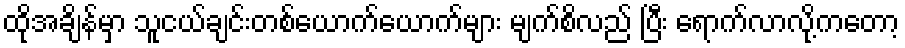
ထိုအချိန်မှာ သူငယ်ချင်းတစ်ယောက်ယောက်များ မျက်စိလည် ပြီး ရောက်လာလို့ကတော့